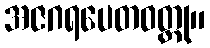
အဇဂရပေတဝတ္ထု။